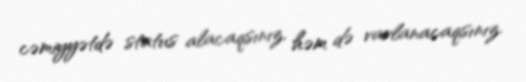
cəmiyyətdə status alacaqsınız, həm də varlanacaqsınız.